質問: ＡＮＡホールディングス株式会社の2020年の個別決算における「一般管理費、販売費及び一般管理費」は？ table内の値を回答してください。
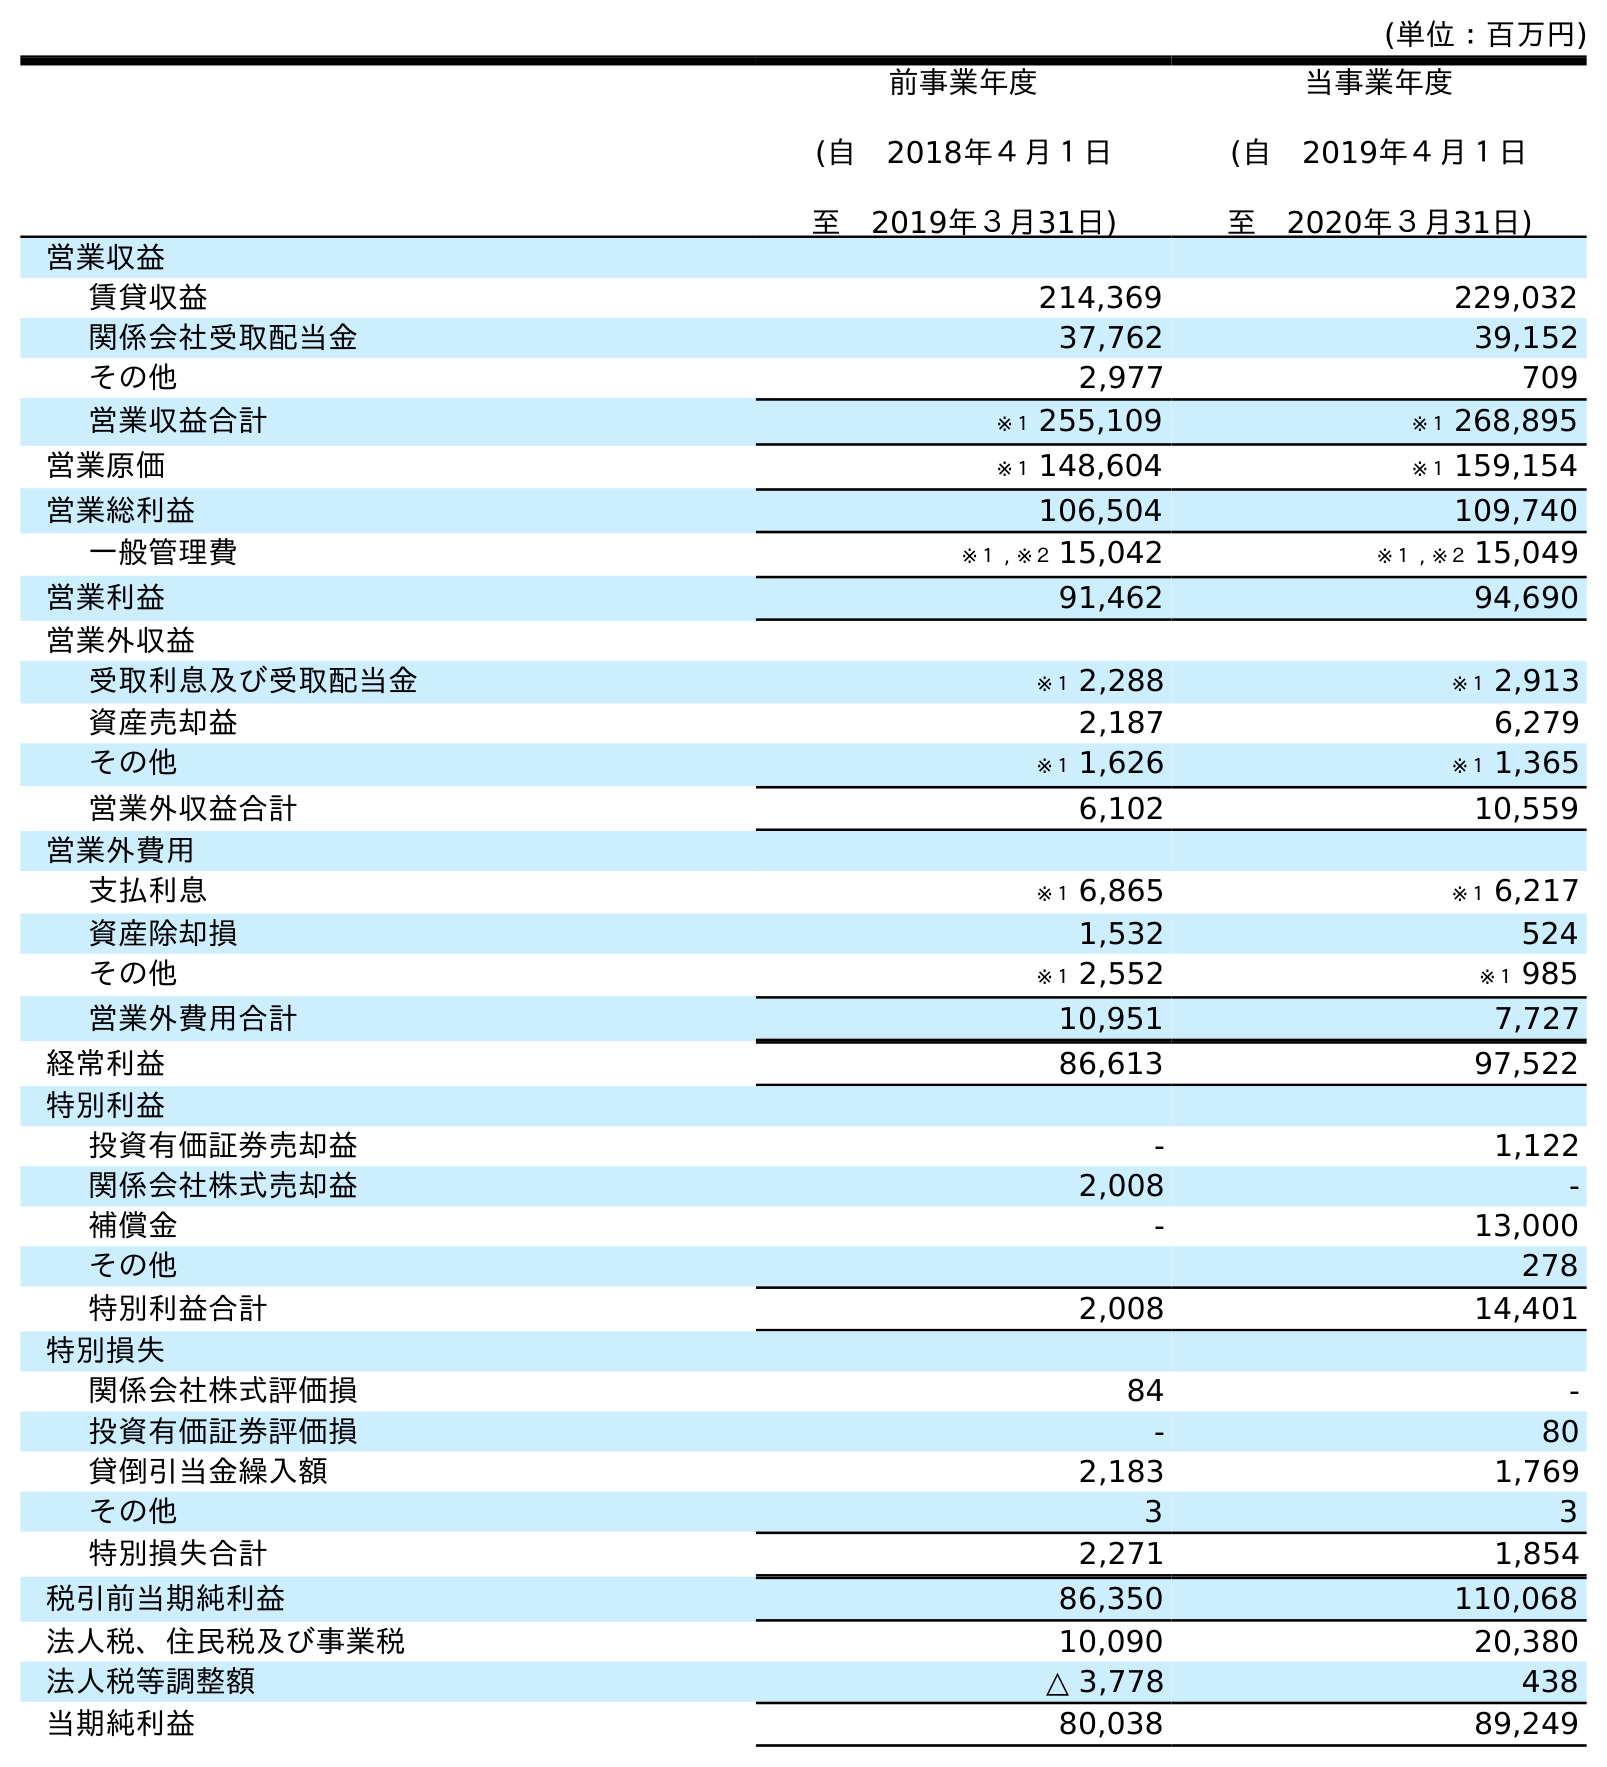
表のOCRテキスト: (単位：百万円) 前事業年度 (自 2018年４月１日 至 2019年３月31日) 当事業年度 (自 2019年４月１日 至 2020年３月31日) 営業収益 賃貸収益 214,369 229,032 関係会社受取配当金 37,762 39,152 その他 2,977 709 営業収益合計 ※１ 255,109 ※１ 268,895 営業原価 ※１ 148,604 ※１ 159,154 営業総利益 106,504 109,740 一般管理費 ※１ , ※２ 15,042 ※１ , ※２ 15,049 営業利益 91,462 94,690 営業外収益 受取利息及び受取配当金 ※１ 2,288 ※１ 2,913 資産売却益 2,187 6,279 その他 ※１ 1,626 ※１ 1,365 営業外収益合計 6,102 10,559 営業外費用 支払利息 ※１ 6,865 ※１ 6,217 資産除却損 1,532 524 その他 ※１ 2,552 ※１ 985 営業外費用合計 10,951 7,727 経常利益 86,613 97,522 特別利益 投資有価証券売却益 - 1,122 関係会社株式売却益 2,008 - 補償金 - 13,000 その他 278 特別利益合計 2,008 14,401 特別損失 関係会社株式評価損 84 - 投資有価証券評価損 - 80 貸倒引当金繰入額 2,183 1,769 その他 3 3 特別損失合計 2,271 1,854 税引前当期純利益 86,350 110,068 法人税、住民税及び事業税 10,090 20,380 法人税等調整額 △ 3,778 438 当期純利益 80,038 89,249
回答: ※１,※２15,049